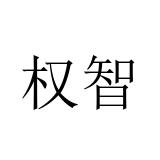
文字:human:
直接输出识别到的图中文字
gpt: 权智